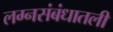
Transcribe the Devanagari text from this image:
लग्नसंबंधातली